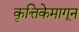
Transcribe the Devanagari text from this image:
कृत्तिकेमागून